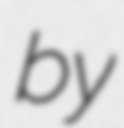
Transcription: by